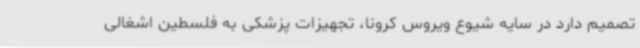
تصمیم دارد در سایه شیوع ویروس کرونا، تجهیزات پزشکی به فلسطین اشغالی